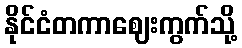
နိုင်ငံတကာဈေးကွက်သို့